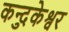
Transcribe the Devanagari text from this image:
कन्दुकेश्वर